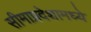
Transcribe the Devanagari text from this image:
सीमाप्रदेशामध्ये